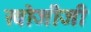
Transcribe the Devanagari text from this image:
खोजीजी